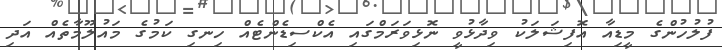
ފުލުހުންގެ މީޑިއާ އޮފިޝަލަކު ވިދާޅުވީ ނޮޅިވަރަމްގައި އެކްސިޑެންޓެއް ހިނގި ކަމުގެ މައުލޫމާތެއް އަދި